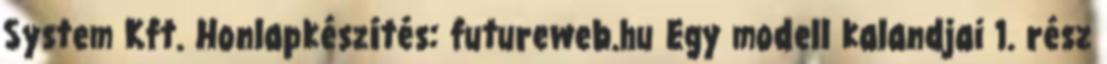
System Kft. Honlapkészítés: futureweb.hu Egy modell kalandjai 1. rész